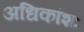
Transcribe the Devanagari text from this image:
अधिकांशः